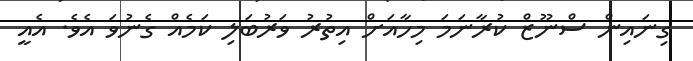
ގިނައިން ސްނޫޒް ކުރާނަމަ މިހާއަށް އިތުރު ވަރުބަލި ކަމެއް ގެނުވަ އެވެ. އެއީ